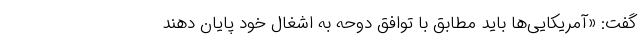
گفت: «آمریکایی‌ها باید مطابق با توافق دوحه به اشغال خود پایان دهند